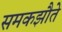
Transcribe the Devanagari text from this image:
समकझौते